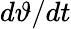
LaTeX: d\vartheta/dt